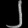
Digit: ၂